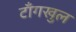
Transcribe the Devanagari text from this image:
टाँगखुल